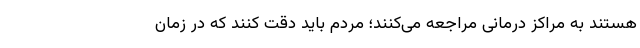
هستند به مراکز درمانی مراجعه می‌کنند؛ مردم باید دقت کنند که در زمان